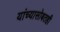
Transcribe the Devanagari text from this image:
यांच्यासोबतही